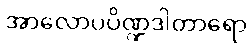
အာလောပပိဏ္ဍဒါတာရော